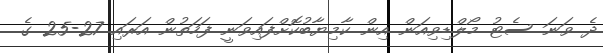
ދެ ވަނަ ސެޓު މޯލްޑިވިއަން އިން ކާމިޔާބުކޮށްފައިވަނީ ފަހަތުން އަރައި 27-25 ގެ